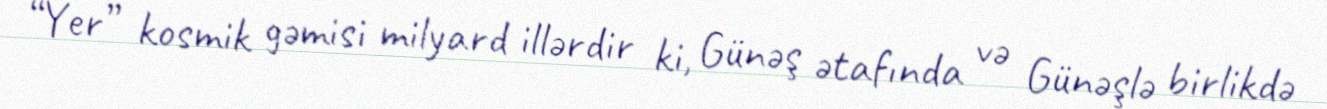
“Yer” kosmik gəmisi milyard illərdir ki, Günəş ətafında və Günəşlə birlikdə